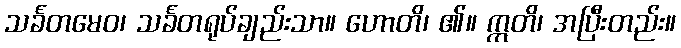
သင်္ခတမေဝ၊ သင်္ခတရုပ်ချည်းသာ။ ဟောတိ၊ ၏။ ဣတိ၊ အပြီးတည်း။